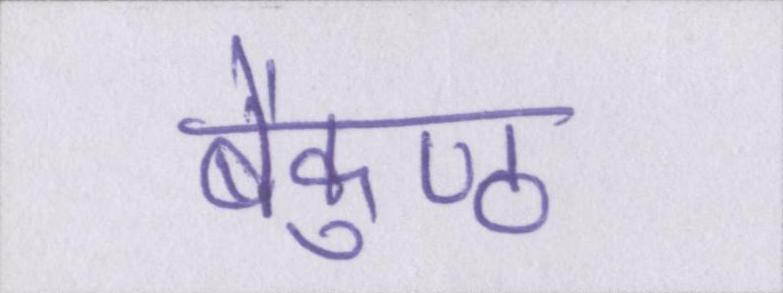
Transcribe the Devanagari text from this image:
बैकुण्ठ